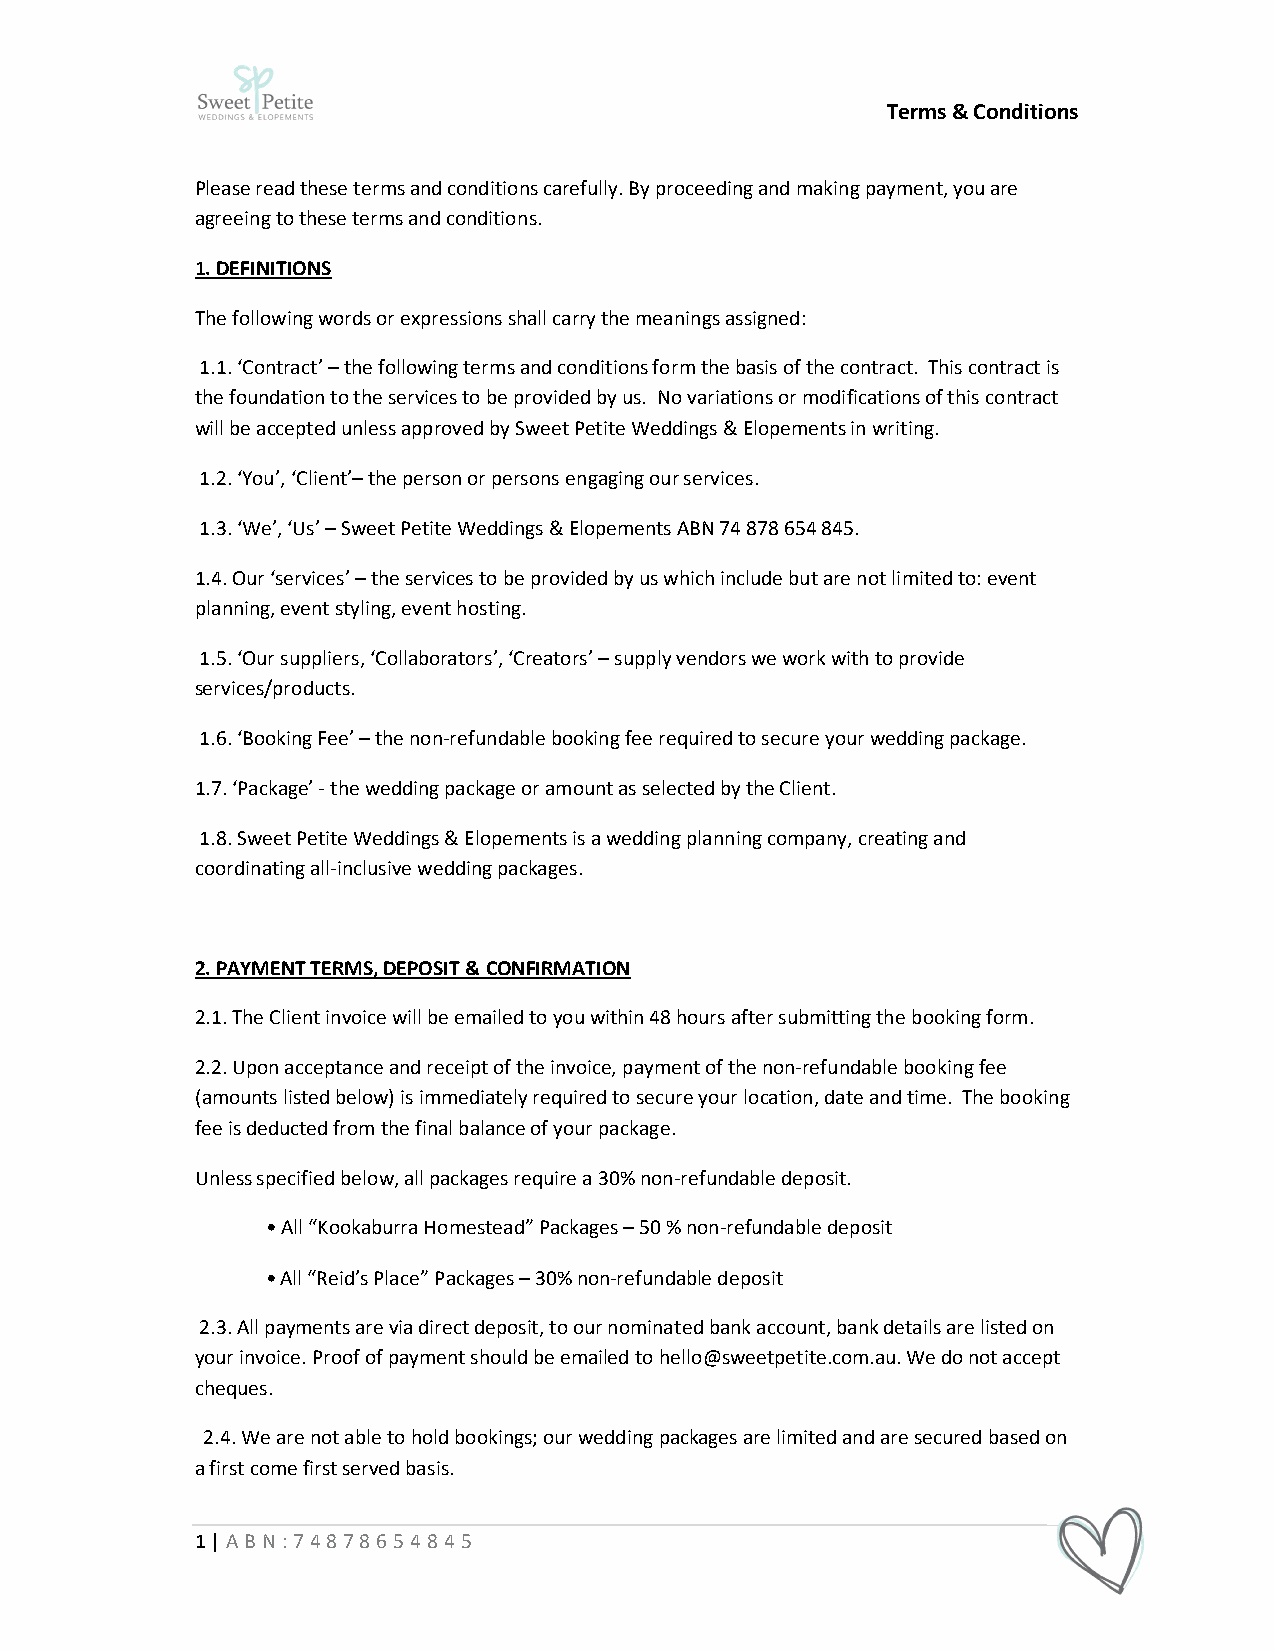
Terms & Conditions
 Please read these terms and conditions carefully. By proceeding and making payment, you are
 agreeing to these terms and conditions.
 1. DEFINITIONS
 The following words or expressions shall carry the meanings assigned:
 1.1. ‘Contract’ – the following terms and conditions form the basis of the contract. This contract is
 the foundation to the services to be provided by us. No variations or modifications of this contract
 will be accepted unless approved by Sweet Petite Weddings & Elopements in writing.
 1.2. ‘You’, ‘Client’– the person or persons engaging our services.
 1.3. ‘We’, ‘Us’ – Sweet Petite Weddings & Elopements ABN 74 878 654 845.
 1.4. Our ‘services’ – the services to be provided by us which include but are not limited to: event
 planning, event styling, event hosting.
 1.5. ‘Our suppliers, ‘Collaborators’, ‘Creators’ – supply vendors we work with to provide
 services/products.
 1.6. ‘Booking Fee’ – the non-refundable booking fee required to secure your wedding package.
 1.7. ‘Package’ - the wedding package or amount as selected by the Client.
 1.8. Sweet Petite Weddings & Elopements is a wedding planning company, creating and
 coordinating all-inclusive wedding packages.
 2. PAYMENT TERMS, DEPOSIT & CONFIRMATION
 2.1. The Client invoice will be emailed to you within 48 hours after submitting the booking form.
 2.2. Upon acceptance and receipt of the invoice, payment of the non-refundable booking fee
 (amounts listed below) is immediately required to secure your location, date and time. The booking
 fee is deducted from the final balance of your package.
 Unless specified below, all packages require a 30% non-refundable deposit.
 • All “Kookaburra Homestead” Packages – 50 % non-refundable deposit
 • All “Reid’s Place” Packages – 30% non-refundable deposit
 2.3. All payments are via direct deposit, to our nominated bank account, bank details are listed on
 your invoice. Proof of payment should be emailed to hello@sweetpetite.com.au. We do not accept
 cheques.
 2.4. We are not able to hold bookings; our wedding packages are limited and are secured based on
 a first come first served basis.
 1 | ABN:74878654845